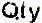
QTY